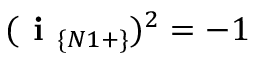
( \textbf { i } _ { \{ N 1 + \} } ) ^ { 2 } = - 1